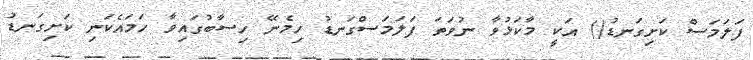
ފަލަމަސް ކަށިގަނޑު() އަކީ މާކަޅުވާ ނުވަތަ ފަލަމަސްގަނޑު ހިމެނޭ ހިސާބުގައިވާ ހަމައެކަނި ކަށިގަނޑު